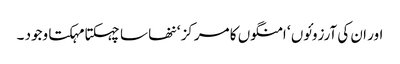
اور ان کی آرزوئوں ‘ امنگوں کا مرکز ‘ ننھا سا چہکتا مہکتا وجود ۔